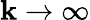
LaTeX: \mathbf{k}\to\infty